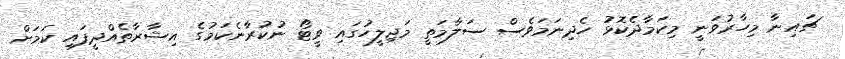
ޗައިނާ މިހާރުވަނީ މިކަމާދެކޮޅު ހެދިނަމަވެސް ސަލާމަތީ މަޖިލީހުގައި ވީޓޯ ނުކުރާނެކަމުގެ އިޝާރާތެއްދީފައި ކަމަށް